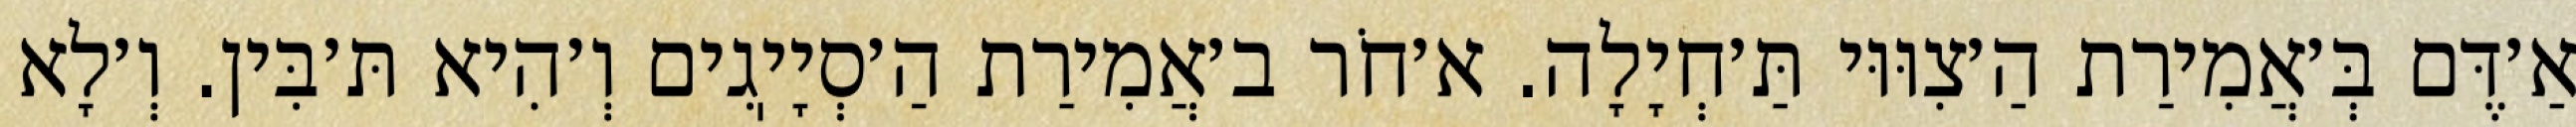
אַ׳דֶּם בְּ׳אֲמִירַת הַ׳צִוּוּי תַּ׳חְיָלָה. א׳חֹר ב׳אֲמִירַת הַ׳סְיָיֽגִים וְ׳הִיא תּ׳בִּין. וְ׳לָא